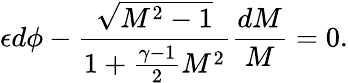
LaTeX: \epsilon d\phi-\frac{\sqrt{M^{2}-1}}{1+\frac{\gamma-1}{2}M^{2}}\frac{dM}{M}=0.